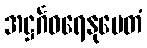
အဋ္ဌင်္ဂဝရေနုပေတံ